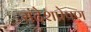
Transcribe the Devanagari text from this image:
संदेशप्रेषण